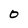
Character: O